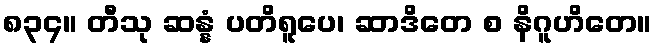
၈၃၄။ တီသု ဆန္နံ ပတိရူပေ၊ ဆာဒိတေ စ နိဂူဟိတေ။